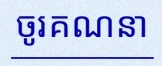
ចូរគណនា